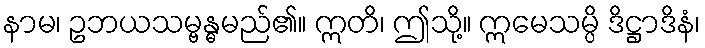
နာမ၊ ဥဘယသမ္ဗန္ဓမည်၏။ ဣတိ၊ ဤသို့။ ဣမေသမ္ပိ ဒိဋ္ဌာဒိနံ၊